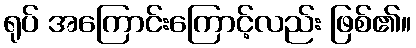
ရုပ် အကြောင်းကြောင့်လည်း ဖြစ်၏။